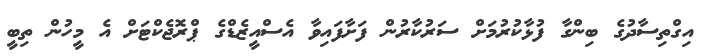
އިގްތިސާދުގެ ބިންގާ ފުޅާކުރުމަށް ސަރުކާރުން ފަށާފައިވާ އެސްއީޒެޑްގެ ޕްރޮޖެކްޓަށް އެ މީހުން ތިބީ